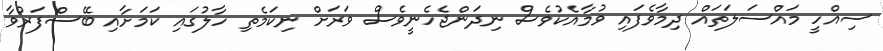
ސިއްހީ މައްސަލަތައް ދިމާވެފައި ވުމާއެކުވެސް ނިދަންޖެހެނީވެސް ވަރަށް ނިކަމެތި ހާލުގައި ކަމަށާއި ބޭސްފަރުވާ